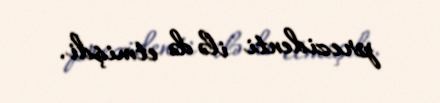
prezidenti ilə də etmişdi.